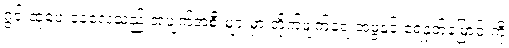
ဂွင်းထုပေးနေလေသည် အပျက်အစီးများမှာ တိုက်ဖျက်ရေးအဖွဲ့နှင့် ရေနုတ်မြောင်းကို